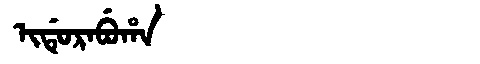
Manchu: ᡳᡩᡠᡵᠠᠪᡠᡥᠠ
Romanization: IDURABUHA